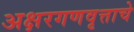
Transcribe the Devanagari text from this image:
अक्षरगणवृत्ताचे